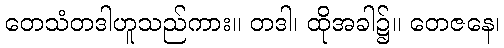
တေသံတဒါဟူသည်ကား။ တဒါ၊ ထိုအခါ၌။ တေဇနေ၊